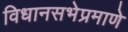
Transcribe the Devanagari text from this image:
विधानसभेप्रमाणे